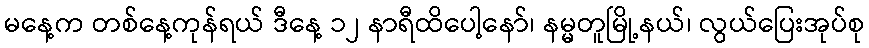
မနေ့က တစ်နေ့ကုန်ရယ် ဒီနေ့ ၁၂ နာရီထိပေါ့နော်၊ နမ္မတူမြို့နယ်၊ လွယ်ပြေးအုပ်စု